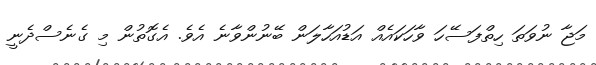
މަޖާ ނުވަތަ ހިތްފަސޭހަ ވާހަކައެއް އަޑުއަހާލަން ބޭނުންވާނެ އެވެ. އެގޮތުން މި ގެނެސްދެނީ